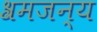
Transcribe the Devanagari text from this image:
श्रमजन्य